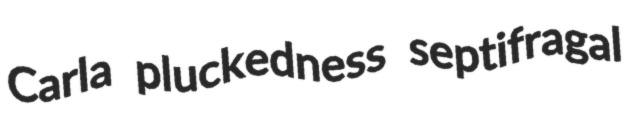
Carla pluckedness septifragal